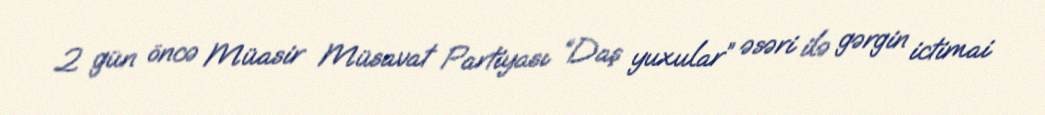
2 gün öncə Müasir Müsavat Partiyası “Daş yuxular” əsəri ilə gərgin ictimai